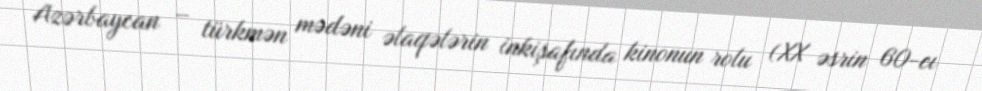
Azərbaycan – türkmən mədəni əlaqələrin inkişafında kinonun rolu (XX əsrin 60-cı